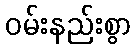
ဝမ်းနည်းစွာ